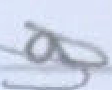
Text: a
Cross-out: mix
Writing tool: pencil